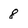
Character: 8